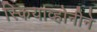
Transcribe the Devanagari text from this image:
स्कियाव्होनीने